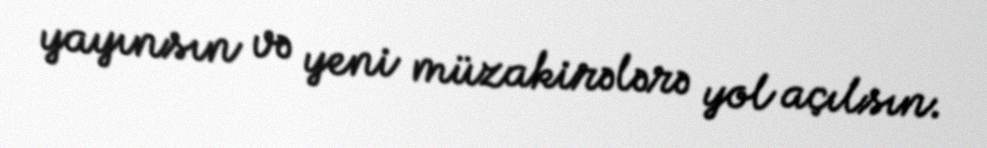
yayınsın və yeni müzakirələrə yol açılsın.